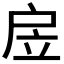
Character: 𢨶